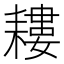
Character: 耬